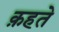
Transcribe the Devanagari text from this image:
क़हते